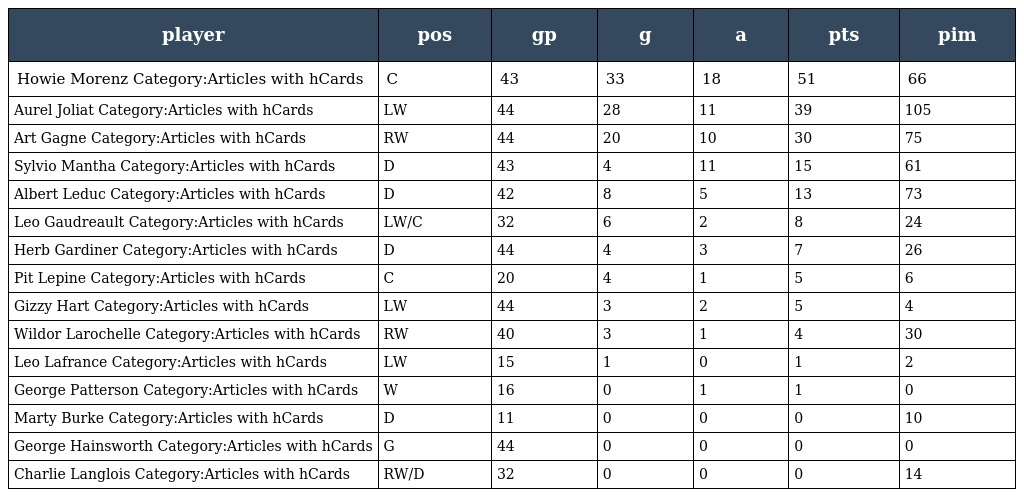
| player | pos | gp | g | a | pts | pim |
 | --- | --- | --- | --- | --- | --- | --- |
 | Howie Morenz Category:Articles with hCards | C | 43 | 33 | 18 | 51 | 66 |
 | Aurel Joliat Category:Articles with hCards | LW | 44 | 28 | 11 | 39 | 105 |
 | Art Gagne Category:Articles with hCards | RW | 44 | 20 | 10 | 30 | 75 |
 | Sylvio Mantha Category:Articles with hCards | D | 43 | 4 | 11 | 15 | 61 |
 | Albert Leduc Category:Articles with hCards | D | 42 | 8 | 5 | 13 | 73 |
 | Leo Gaudreault Category:Articles with hCards | LW/C | 32 | 6 | 2 | 8 | 24 |
 | Herb Gardiner Category:Articles with hCards | D | 44 | 4 | 3 | 7 | 26 |
 | Pit Lepine Category:Articles with hCards | C | 20 | 4 | 1 | 5 | 6 |
 | Gizzy Hart Category:Articles with hCards | LW | 44 | 3 | 2 | 5 | 4 |
 | Wildor Larochelle Category:Articles with hCards | RW | 40 | 3 | 1 | 4 | 30 |
 | Leo Lafrance Category:Articles with hCards | LW | 15 | 1 | 0 | 1 | 2 |
 | George Patterson Category:Articles with hCards | W | 16 | 0 | 1 | 1 | 0 |
 | Marty Burke Category:Articles with hCards | D | 11 | 0 | 0 | 0 | 10 |
 | George Hainsworth Category:Articles with hCards | G | 44 | 0 | 0 | 0 | 0 |
 | Charlie Langlois Category:Articles with hCards | RW/D | 32 | 0 | 0 | 0 | 14 |